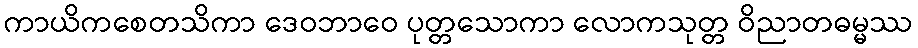
ကာယိကစေတသိကာ ဒေဝဘာဝေ ပုတ္တသောကာ လောကသုတ္တ ဝိညာတဓမ္မဿ